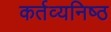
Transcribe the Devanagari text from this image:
कर्तव्‍यनिष्‍ठ